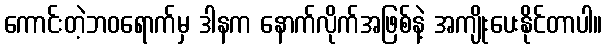
ကောင်းတဲ့ဘဝရောက်မှ ဒါနက နောက်လိုက်အဖြစ်နဲ့ အကျိုးပေးနိုင်တာပါ။